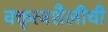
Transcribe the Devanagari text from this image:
वक्तृत्वशैलीची